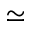
\simeq